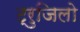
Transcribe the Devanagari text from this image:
ट्रुजिलो